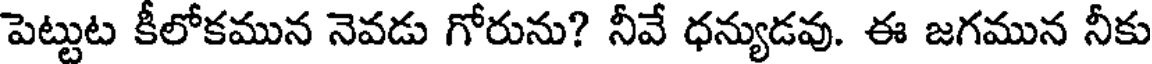
పెట్టుట కీలోకమున నెవడు గోరును? నీవే ధన్యుడవు. ఈ జగమున నీకు